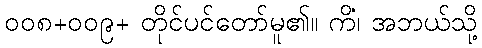
၀၀၈+၀၀၉+ တိုင်ပင်တော်မူ၏။ ကိံ၊ အဘယ်သို့